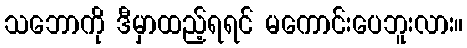
သဘောကို ဒီမှာထည့်ရရင် မကောင်းပေဘူးလား။